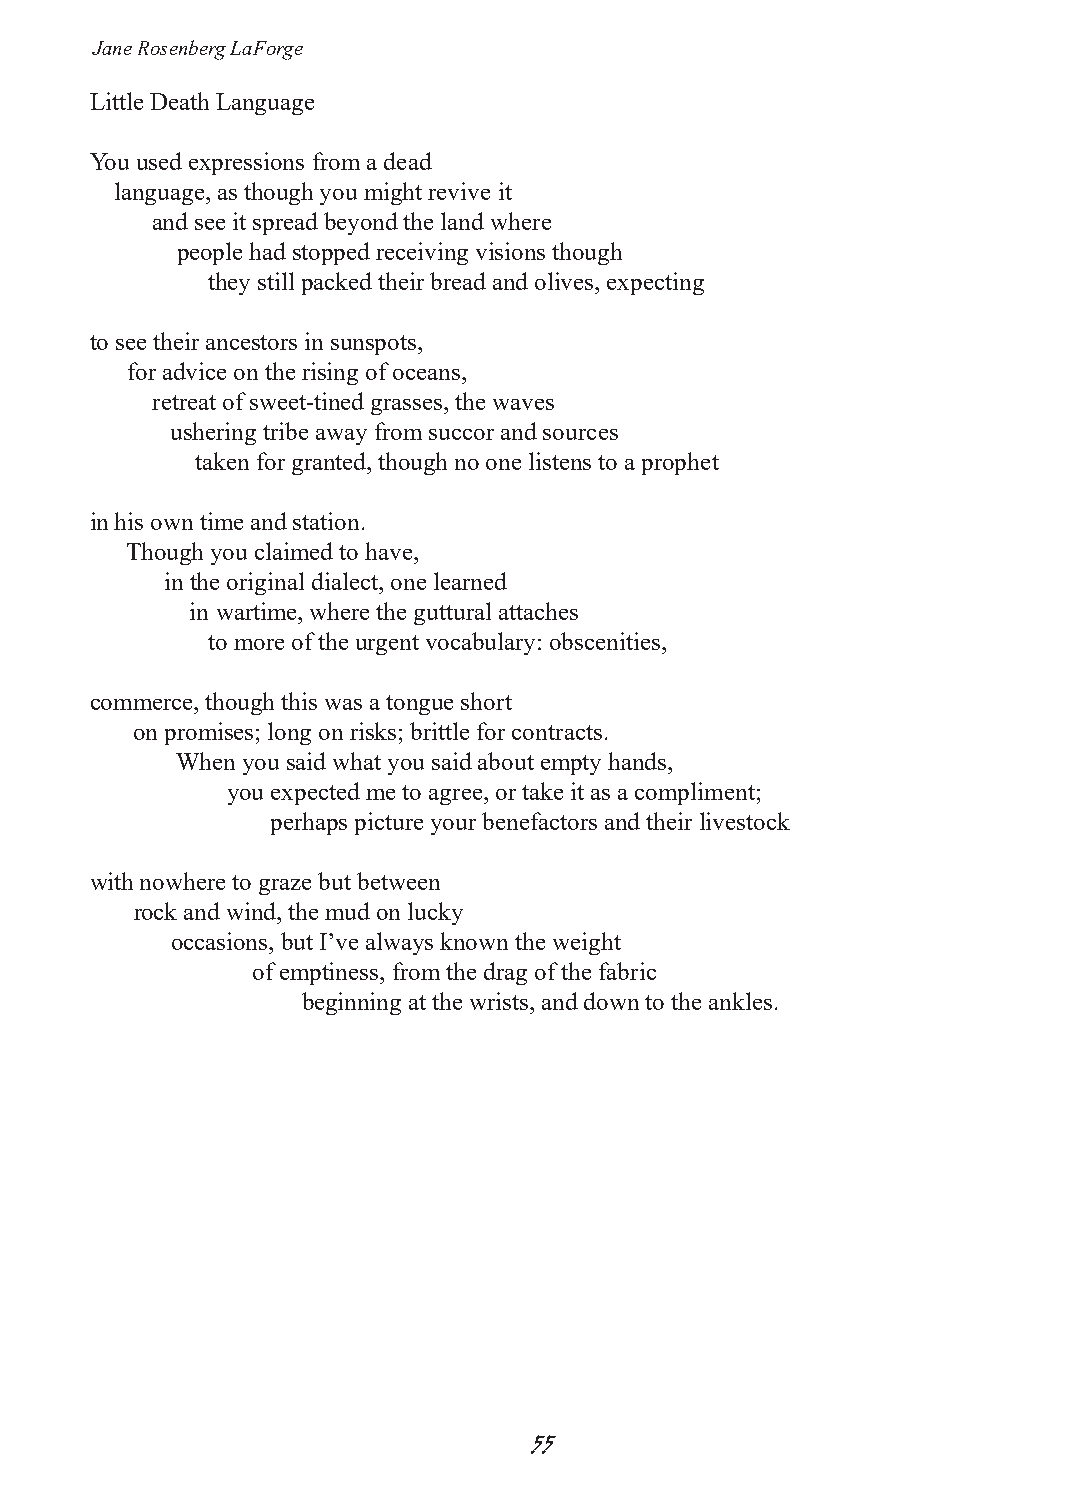
Jane Rosenberg LaForge
 Little Death Language
 You used expressions from a dead
 language, as though you might revive it
 and see it spread beyond the land where
 people had stopped receiving visions though
 they still packed their bread and olives, expecting
 to see their ancestors in sunspots,
 for advice on the rising of oceans,
 retreat of sweet-tined grasses, the waves
 ushering tribe away from succor and sources
 taken for granted, though no one listens to a prophet
 in his own time and station.
 Though you claimed to have,
 in the original dialect, one learned
 in wartime, where the guttural attaches
 to more of the urgent vocabulary: obscenities,
 commerce, though this was a tongue short
 on promises; long on risks; brittle for contracts.
 When you said what you said about empty hands,
 you expected me to agree, or take it as a compliment;
 perhaps picture your benefactors and their livestock
 with nowhere to graze but between
 rock and wind, the mud on lucky
 occasions, but I’ve always known the weight
 of emptiness, from the drag of the fabric
 beginning at the wrists, and down to the ankles.
 55